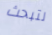
لتبحث